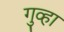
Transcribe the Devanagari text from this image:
गुव्हा